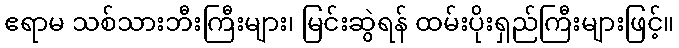
ဧရာမ သစ်သားဘီးကြီးများ၊ မြင်းဆွဲရန် ထမ်းပိုးရှည်ကြီးများဖြင့်။